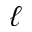
\ell